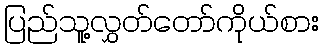
ပြည်သူ့လွှတ်တော်ကိုယ်စား